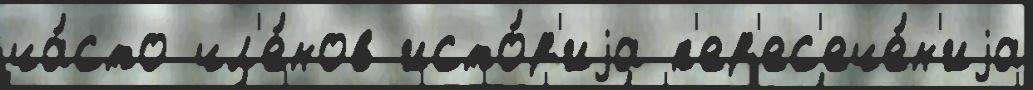
ча́сто чл'е́нов исто́р'иjа п'ер'ес'ече́н'иjа